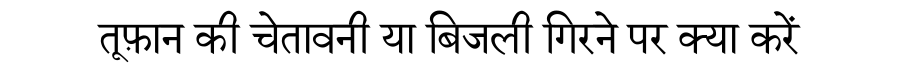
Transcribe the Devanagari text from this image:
तूफ़ान की चेतावनी या बिजली गिरने पर क्या करें